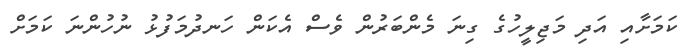
ކަމަށާއި އަދި މަޖިލީހުގެ ގިނަ މެންބަރުން ވެސް އެކަން ހަނދުމަފުޅު ނުހުންނަ ކަމަށް